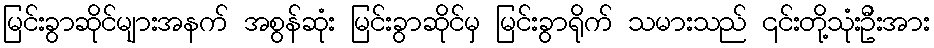
မြင်းခွာဆိုင်များအနက် အစွန်ဆုံး မြင်းခွာဆိုင်မှ မြင်းခွာရိုက် သမားသည် ၎င်းတို့သုံးဦးအား